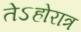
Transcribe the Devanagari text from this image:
तेऽहोरात्र